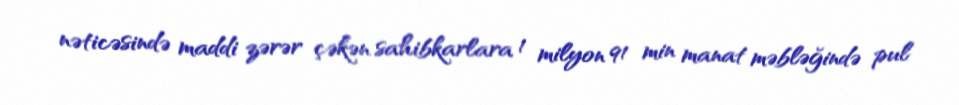
nəticəsində maddi zərər çəkən sahibkarlara 1 milyon 91 min manat məbləğində pul